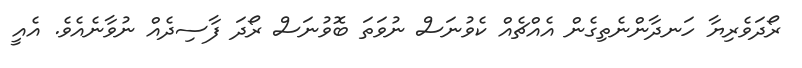
ރޯދަވެރިޔާ ހަނދާންނެތިގެން އެއްޗެއް ކެވުނަސް ނުވަތަ ބޮވުނަސް ރޯދަ ފާސިދެއް ނުވާނެއެވެ. އެއީ